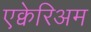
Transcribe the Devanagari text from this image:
एक्वेरिअम